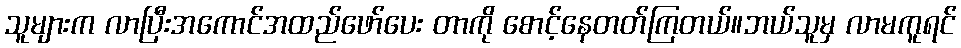
သူများက လာပြီးအကောင်အထည်ဖော်ပေး တာကို စောင့်နေတတ်ကြတယ်။ဘယ်သူမှ လာမကူရင်